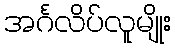
အင်္ဂလိပ်လူမျိုး